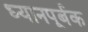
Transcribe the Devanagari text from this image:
ध्यानपूर्बक